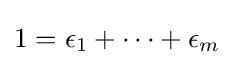
1=\epsilon _{1}+\cdots +\epsilon _{m}